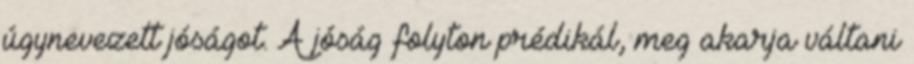
úgynevezett jóságot. A jóság folyton prédikál, meg akarja váltani